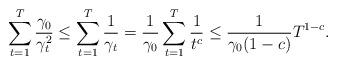
LaTeX: \begin{align*}\sum_{t=1}^T\frac{\gamma_0}{\gamma_{t}^2}\le\sum_{t=1}^T\frac{1}{\gamma_{t}}=\frac{1}{\gamma_{0}}\sum_{t=1}^T\frac{1}{t^c}\le\frac{1}{\gamma_{0}(1-c)}T^{1-c}.\end{align*}